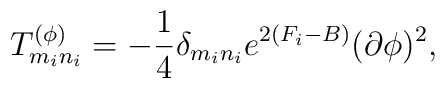
T_{m_in_i}^{(\phi)}=-{1\over 4}\delta_{m_in_i}e^{2(F_i-B)}(\partial\phi)^2,